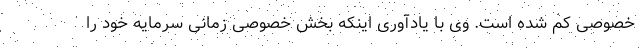
خصوصی کم شده است. وی با یادآوری اینکه بخش خصوصی زمانی سرمایه خود را